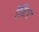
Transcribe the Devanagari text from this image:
हैबिटाट